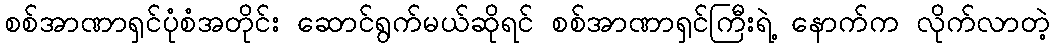
စစ်အာဏာရှင်ပုံစံအတိုင်း ဆောင်ရွက်မယ်ဆိုရင် စစ်အာဏာရှင်ကြီးရဲ့ နောက်က လိုက်လာတဲ့